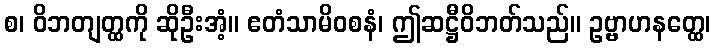
စ၊ ဝိဘတျတ္ထကို ဆိုဦးအံ့။ ဧတံသာမိဝစနံ၊ ဤဆဋ္ဌီဝိဘတ်သည်။ ဥဗ္ဗာဟနတ္ထေ၊